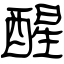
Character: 醒